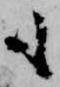
も